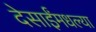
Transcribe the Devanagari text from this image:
देसाईंमधल्या